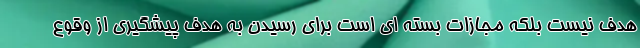
هدف نیست بلکه مجازات بسته ای است برای رسیدن به هدف پیشگیری از وقوع